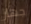
جهاز